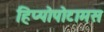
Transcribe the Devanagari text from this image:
हिप्पोपोटामस